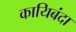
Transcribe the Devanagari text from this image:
कायिबंदा